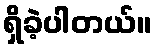
ရှိခဲ့ပါတယ်။